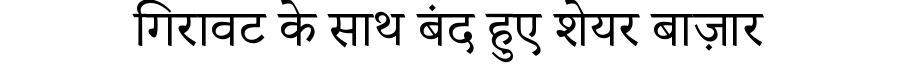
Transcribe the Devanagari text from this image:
गिरावट के साथ बंद हुए शेयर बाज़ार